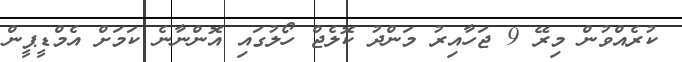
ކުރެއްވުން މިރޭ 9 ޖަހާއިރު މަންދު ކޮލެޖް ހޯލުގައި އޮންނާނެ ކަމަށް އެމްޑީޕީން